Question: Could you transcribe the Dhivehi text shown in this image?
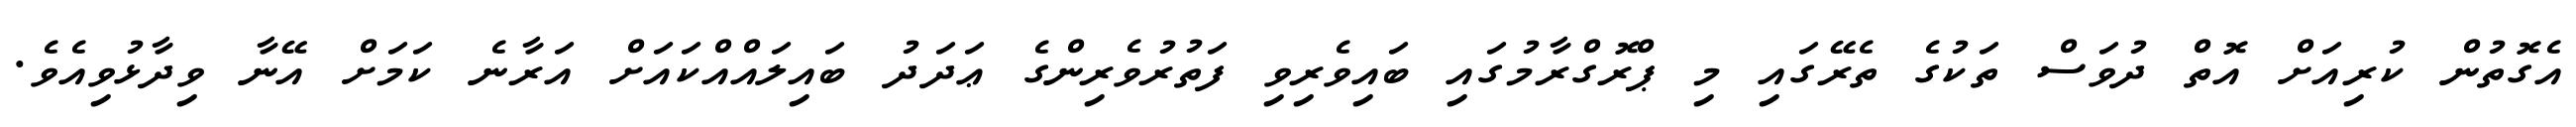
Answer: އެގޮތުން ކުރިއަށް އޮތް ދުވަސް ތަކުގެ ތެރޭގައި މި ޕްރޮގްރާމުގައި ބައިވެރިވި ފަތުރުވެރިންގެ ޢަދަދު ބައިލައްއްކައަށް އަރާނެ ކަމަށް އޭނާ ވިދާޅުވިއެވެ.